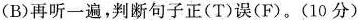
(B)再听一遍,判断句子正(T)误(F).(10分)